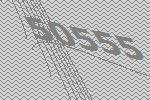
50555